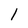
Character: l